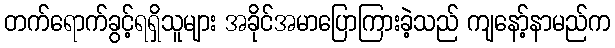
တက်ရောက်ခွင့်ရရှိသူများ အခိုင်အမာပြောကြားခဲ့သည် ကျနော့်နာမည်က